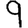
Digit: 9